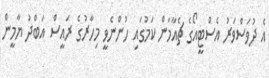
އެ ދުވަސްވަރު އެސްޓީއޯގެ ޗެއާމަން ކަމުގައި ހުންނެވީ މިހާރުގެ ރައީސް އަބްދު ޔާމީން